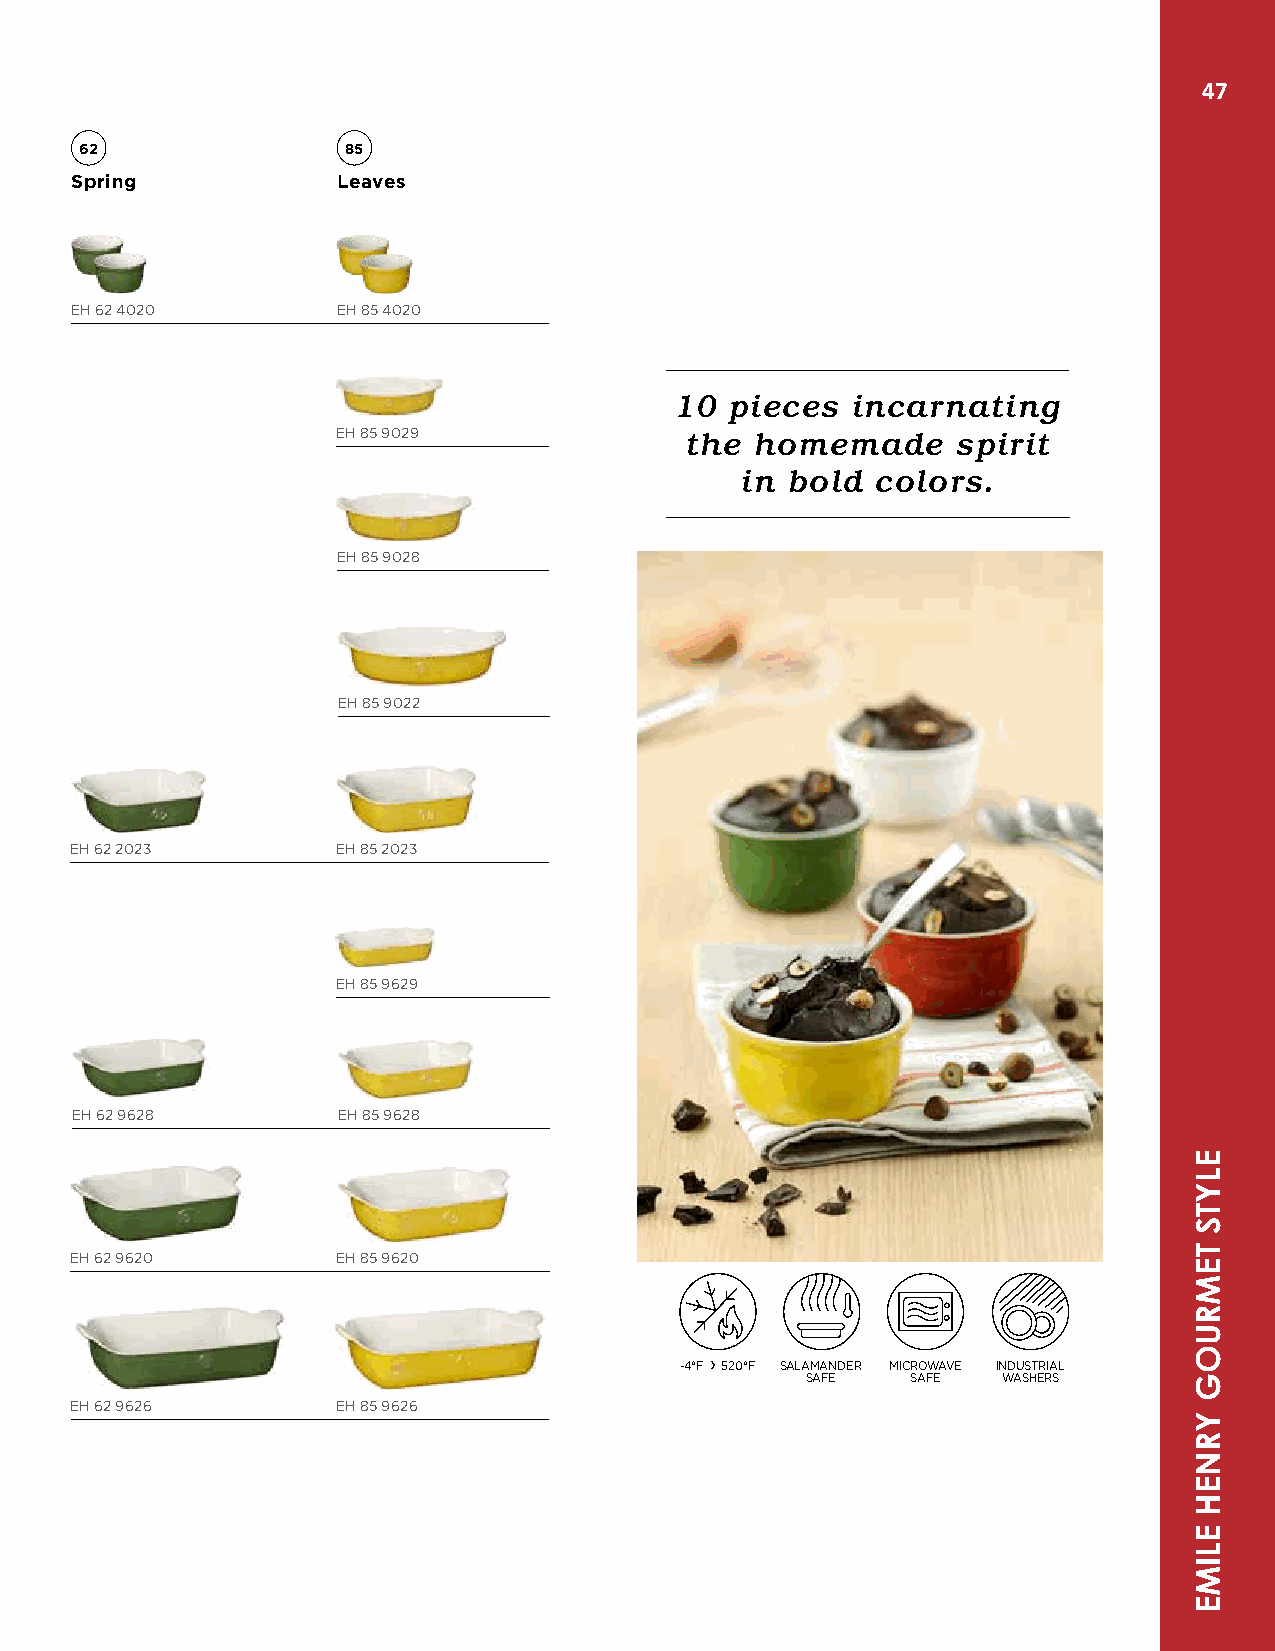
47
 62                85
 Spring           Leaves
 EH 62 4020       EH 85 4020
 10 pieces  incarnating
 EH 85 9029             the  homemade     spirit
 in bold  colors.
 EH 85 9028
 EH 85 9022
 EH 62 2023       EH 85 2023
 EH 85 9629
 EH 62 9628       EH 85 9628
 EH 62 9620       EH 85 9620
 -4°F › 520°F SALAMANDER MICROWAVE INDUSTRIAL
 SAFE   SAFE  WASHERS
 EH 62 9626       EH 85 9626
 ELYTS
 TEMRUOG
 YRNEH
 ELIME